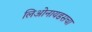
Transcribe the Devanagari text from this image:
लिओनायडसचा